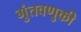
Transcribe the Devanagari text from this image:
गुंतवणुकी